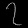
Digit: ၇